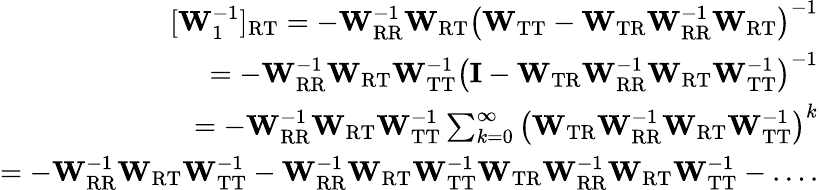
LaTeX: \begin{array}{r}{[\mathbf{W}_{1}^{-1}]_{\mathrm{RT}}=-\mathbf{W}_{\mathrm{RR}}^{-1}\mathbf{W}_{\mathrm{RT}}\left(\mathbf{W}_{\mathrm{TT}}-\mathbf{W}_{\mathrm{TR}}\mathbf{W}_{\mathrm{RR}}^{-1}\mathbf{W}_{\mathrm{RT}}\right)^{-1}}\\ {=-\mathbf{W}_{\mathrm{RR}}^{-1}\mathbf{W}_{\mathrm{RT}}\mathbf{W}_{\mathrm{TT}}^{-1}\left(\mathbf{I}-\mathbf{W}_{\mathrm{TR}}\mathbf{W}_{\mathrm{RR}}^{-1}\mathbf{W}_{\mathrm{RT}}\mathbf{W}_{\mathrm{TT}}^{-1}\right)^{-1}}\\ {=-\mathbf{W}_{\mathrm{RR}}^{-1}\mathbf{W}_{\mathrm{RT}}\mathbf{W}_{\mathrm{TT}}^{-1}\sum_{k=0}^{\infty}\left(\mathbf{W}_{\mathrm{TR}}\mathbf{W}_{\mathrm{RR}}^{-1}\mathbf{W}_{\mathrm{RT}}\mathbf{W}_{\mathrm{TT}}^{-1}\right)^{k}}\\ {=-\mathbf{W}_{\mathrm{RR}}^{-1}\mathbf{W}_{\mathrm{RT}}\mathbf{W}_{\mathrm{TT}}^{-1}-\mathbf{W}_{\mathrm{RR}}^{-1}\mathbf{W}_{\mathrm{RT}}\mathbf{W}_{\mathrm{TT}}^{-1}\mathbf{W}_{\mathrm{TR}}\mathbf{W}_{\mathrm{RR}}^{-1}\mathbf{W}_{\mathrm{RT}}\mathbf{W}_{\mathrm{TT}}^{-1}-\dots.}\end{array}